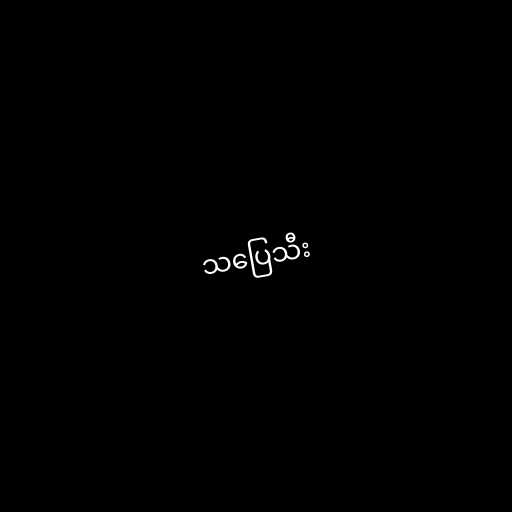
သပြေသီး